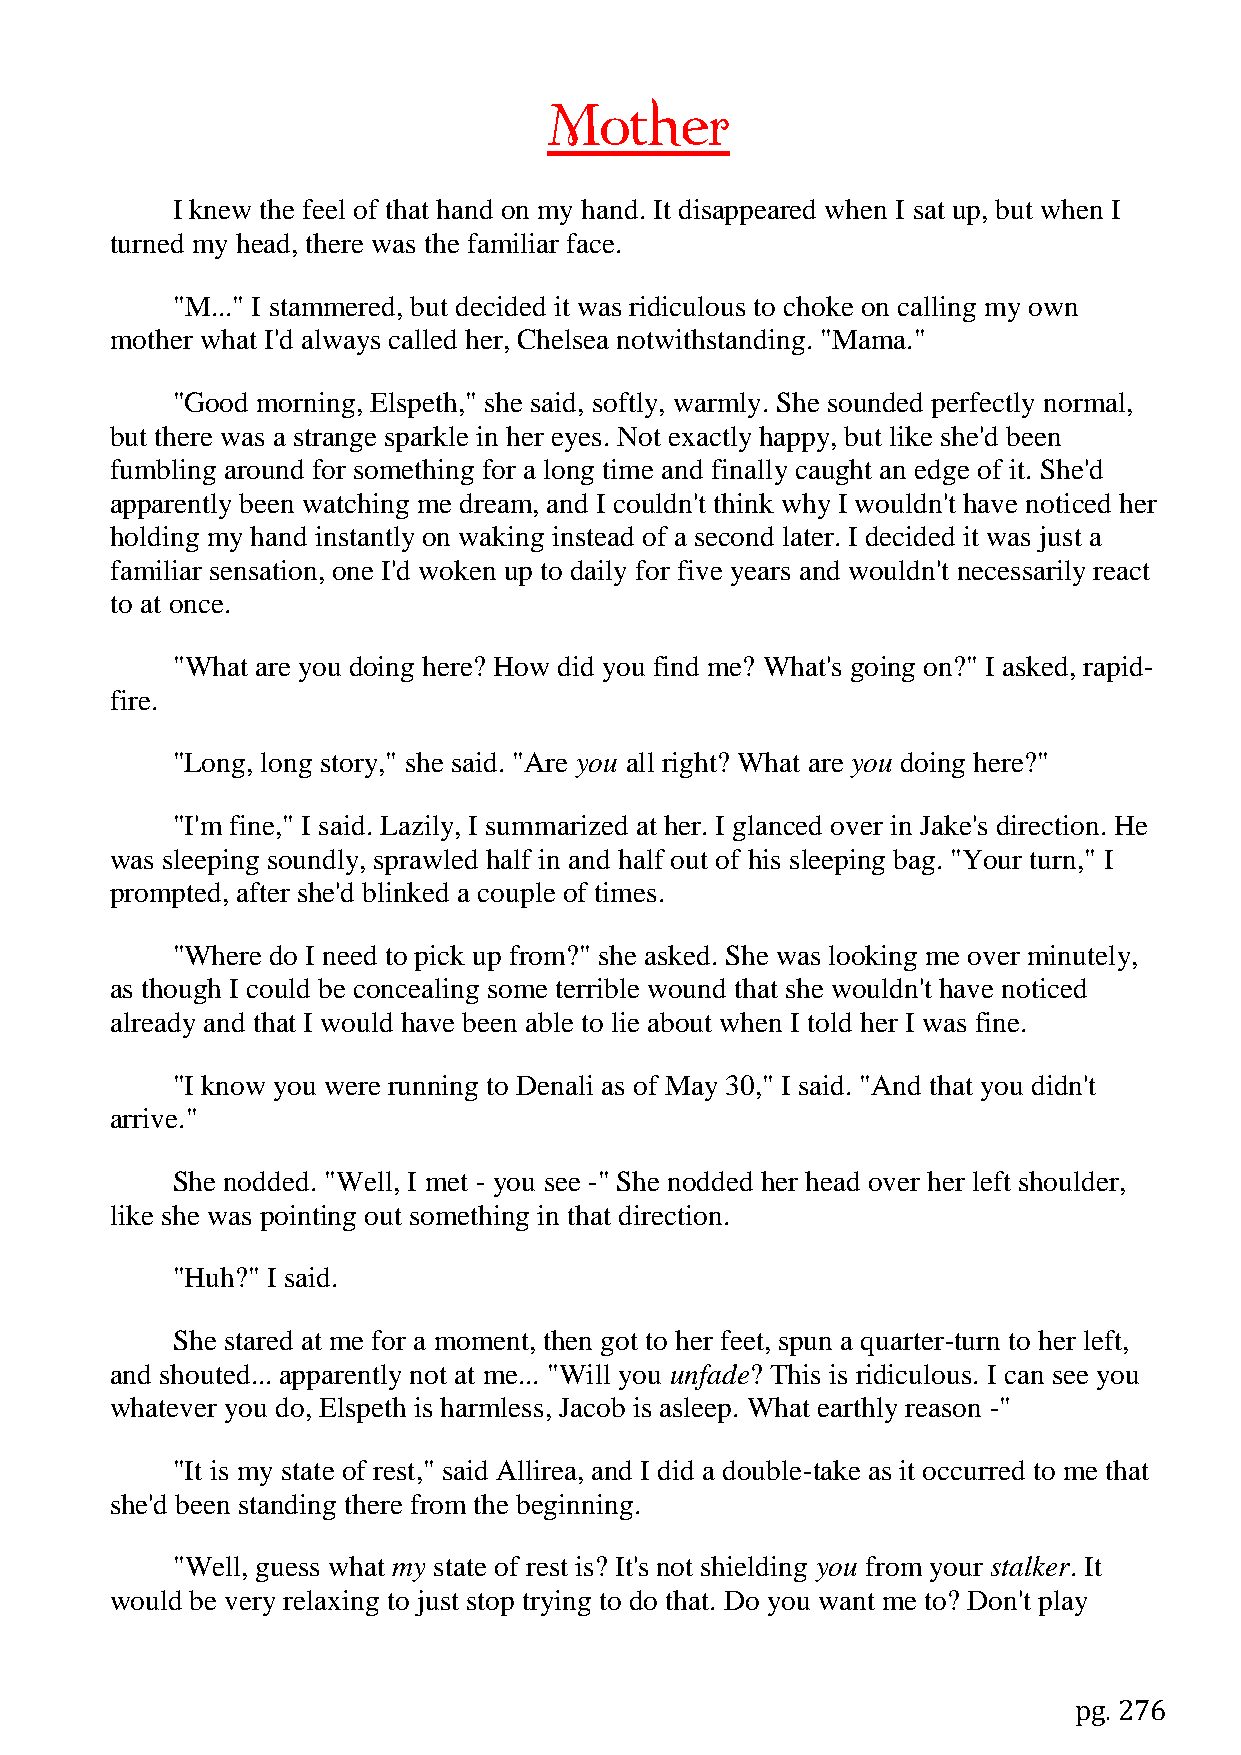
Mother
 I knew the feel of that hand on my hand. It disappeared when I sat up, but when I
 turned my head, there was the familiar face.
 "M..." I stammered, but decided it was ridiculous to choke on calling my own
 mother what I'd always called her, Chelsea notwithstanding. "Mama."
 "Good morning, Elspeth," she said, softly, warmly. She sounded perfectly normal,
 but there was a strange sparkle in her eyes. Not exactly happy, but like she'd been
 fumbling around for something for a long time and finally caught an edge of it. She'd
 apparently been watching me dream, and I couldn't think why I wouldn't have noticed her
 holding my hand instantly on waking instead of a second later. I decided it was just a
 familiar sensation, one I'd woken up to daily for five years and wouldn't necessarily react
 to at once.
 "What are you doing here? How did you find me? What's going on?" I asked, rapid-
 fire.
 "Long, long story," she said. "Are you all right? What are you doing here?"
 "I'm fine," I said. Lazily, I summarized at her. I glanced over in Jake's direction. He
 was sleeping soundly, sprawled half in and half out of his sleeping bag. "Your turn," I
 prompted, after she'd blinked a couple of times.
 "Where do I need to pick up from?" she asked. She was looking me over minutely,
 as though I could be concealing some terrible wound that she wouldn't have noticed
 already and that I would have been able to lie about when I told her I was fine.
 "I know you were running to Denali as of May 30," I said. "And that you didn't
 arrive."
 She nodded. "Well, I met - you see -" She nodded her head over her left shoulder,
 like she was pointing out something in that direction.
 "Huh?" I said.
 She stared at me for a moment, then got to her feet, spun a quarter-turn to her left,
 and shouted... apparently not at me... "Will you unfade? This is ridiculous. I can see you
 whatever you do, Elspeth is harmless, Jacob is asleep. What earthly reason -"
 "It is my state of rest," said Allirea, and I did a double-take as it occurred to me that
 she'd been standing there from the beginning.
 "Well, guess what my state of rest is? It's not shielding you from your stalker. It
 would be very relaxing to just stop trying to do that. Do you want me to? Don't play
 pg. 276